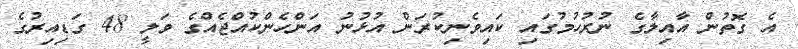
އެ ގޮތުން އާއިލާގެ ނުރުހުމުގައި ކައިވެނިކުރަން އުޅުނު އަންހެންކުއްޖެއްގެ ވަލީ 48 ގަޑިއިރުގެ